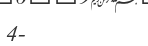
4-